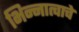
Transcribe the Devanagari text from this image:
भिन्नात्वाचे